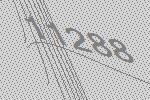
11288